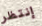
إنتظر